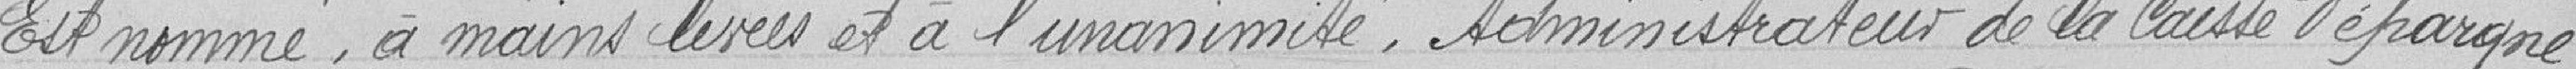
Est nommée, à mains levées et à l'unanimité, Administrateur de la Caisse d'Epargne